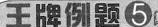
王牌例题⑤\triangleright